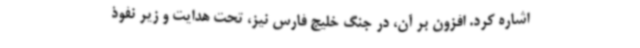
اشاره کرد. افزون بر آن، در جنگ خلیج فارس نیز، تحت هدایت و زیر نفوذ